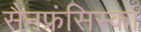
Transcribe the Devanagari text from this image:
सैनफ्रंसिस्को